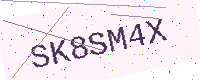
Text: SK8SM4X